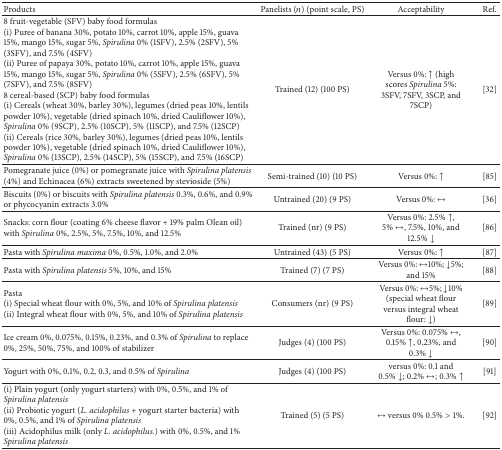
<table><thead><tr><td><b>Products</b></td><td><b>Panelists (<i>n</i>) (point scale, PS)</b></td><td><b>Acceptability</b></td><td><b>Ref.</b></td></tr></thead><tbody><tr><td>8 fruit-vegetable (SFV) baby food formulas(i) Puree of banana 30%, potato 10%, carrot 10%, apple 15%, guava 15%, mango 15%, sugar 5%, <i>Spirulina</i> 0% (1SFV), 2.5% (2SFV), 5% (3SFV), and 7.5% (4SFV)(ii) Puree of papaya 30%, potato 10%, carrot 10%, apple 15%, guava 15%, mango 15%, sugar 5%, <i>Spirulina</i> 0% (5SFV), 2.5% (6SFV), 5% (7SFV), and 7.5% (8SFV)<i> </i>8 cereal-based (SCP) baby food formulas(i) Cereals (wheat 30%, barley 30%), legumes (dried peas 10%, lentils powder 10%), vegetable (dried spinach 10%, dried Cauliflower 10%), <i>Spirulina</i> 0% (9SCP), 2.5% (10SCP), 5% (11SCP), and 7.5% (12SCP)(ii) Cereals (rice 30%, barley 30%), legumes (dried peas 10%, lentils powder 10%), vegetable (dried spinach 10%, dried Cauliflower 10%), <i>Spirulina</i> 0% (13SCP), 2.5% (14SCP), 5% (15SCP), and 7.5% (16SCP)</td><td>Trained (12) (100 PS)</td><td>Versus 0%: ↑ (high scores <i>Spirulina</i> 5%: 3SFV, 7SFV, 3SCP, and 7SCP)</td><td>[32]</td></tr><tr><td>Pomegranate juice (0%) or pomegranate juice with <i>Spirulina platensis</i> (4%) and Echinacea (6%) extracts sweetened by stevioside (5%)</td><td>Semi-trained (10) (10 PS)</td><td>Versus 0%: ↑</td><td>[85]</td></tr><tr><td>Biscuits (0%) or biscuits with <i>Spirulina platensis</i> 0.3%, 0.6%, and 0.9% or phycocyanin extracts 3.0%</td><td>Untrained (20) (9 PS)</td><td>Versus 0%: <i>↔</i></td><td>[36]</td></tr><tr><td>Snacks: corn flour (coating 6% cheese flavor + 19% palm Olean oil) with <i>Spirulina</i> 0%, 2.5%, 5%, 7.5%, 10%, and 12.5%</td><td>Trained (nr) (9 PS)</td><td>Versus 0%: 2.5%↑, 5%<i>↔</i>, 7.5%, 10%, and 12.5%↓</td><td>[86]</td></tr><tr><td>Pasta with <i>Spirulina maxima</i> 0%, 0.5%, 1.0%, and 2.0%</td><td>Untrained (43) (5 PS)</td><td>Versus 0%: ↑</td><td>[87]</td></tr><tr><td>Pasta with <i>Spirulina platensis</i> 5%, 10%, and 15%</td><td>Trained (7) (7 PS)</td><td>Versus 0%: <i>↔</i>10%; ↓5%; and 15%</td><td>[88]</td></tr><tr><td>Pasta (i) Special wheat flour with 0%, 5%, and 10% of <i>Spirulina platensis </i> (ii) Integral wheat flour with 0%, 5%, and 10% of <i>Spirulina platensis</i></td><td>Consumers (nr) (9 PS)</td><td>Versus 0%: <i>↔</i>5%; ↓10% (special wheat flour versus integral wheat flour: ↓)</td><td>[89]</td></tr><tr><td>Ice cream 0%, 0.075%, 0.15%, 0.23%, and 0.3% of <i>Spirulina</i> to replace 0%, 25%, 50%, 75%, and 100% of stabilizer</td><td>Judges (4) (100 PS)</td><td>Versus 0%: 0.075%<i>↔</i>, 0.15%↑, 0.23%, and 0.3%↓</td><td>[90]</td></tr><tr><td>Yogurt with 0%, 0.1%, 0.2, 0.3, and 0.5% of <i>Spirulina</i></td><td>Judges (4) (100 PS)</td><td>versus 0%: 0.1 and 0.5%↓; 0.2%<i>↔</i>; 0.3% ↑</td><td>[91]</td></tr><tr><td>(i) Plain yogurt (only yogurt starters) with 0%, 0.5%, and 1% of <i>Spirulina platensis </i> (ii) Probiotic yogurt (<i>L. acidophilus</i> + yogurt starter bacteria) with 0%, 0.5%, and 1% of <i>Spirulina platensis </i> (iii) Acidophilus milk (only <i>L. acidophilus.</i>) with 0%, 0.5%, and 1% <i>Spirulina platensis</i></td><td>Trained (5) (5 PS)</td><td><i>↔</i> versus 0% 0.5% &gt; 1%.</td><td>[92]</td></tr></tbody></table>